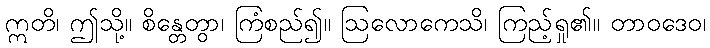
ဣတိ၊ ဤသို့။ စိန္တေတွာ၊ ကြံစည်၍။ ဩလောကေသိ၊ ကြည့်ရှု၏။ တာဝဒေဝ၊